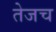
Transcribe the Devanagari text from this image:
तेजच